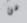
من